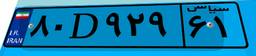
۸۰D۹۲۹۶۱